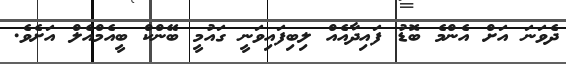
ދެވަނަ އަށް އެންމެ ބޮޑު ފައިދާއެއް ލިބިފައިވަނީ ގައުމީ ބޭންކް ބީއެމްއެލް އަށެވެ.